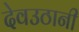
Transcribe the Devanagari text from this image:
देवउठानी